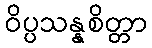
ဝိပ္ပသန္နစိတ္တာ